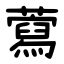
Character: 藛